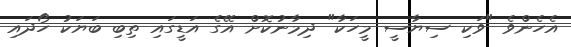
އެހެންވެ "ވަކި ސިޔާސީ މީހަކާ" ދިމާނުކޮށް އޭގެ އަޑީގައި ތިބި ބަޔަކު ހޯދައި